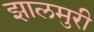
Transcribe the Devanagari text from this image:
झालमुरी